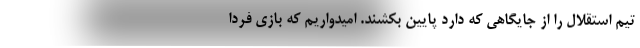
تیم استقلال را از جایگاهی که دارد پایین بکشند. امیدواریم که بازی فردا